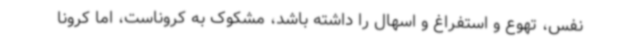
نفس، تهوع و استفراغ و اسهال را داشته باشد، مشکوک به کروناست، اما کرونا